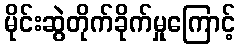
မိုင်းဆွဲတိုက်ခိုက်မှုကြောင့်